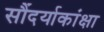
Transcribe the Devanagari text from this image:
सौंदर्याकांक्षा